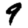
Digit: 9